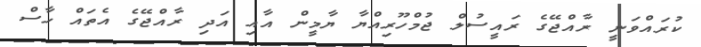
ކުރައްވަނީ ރާއްޖޭގެ ރައީސުލް ޖުމްހޫރިއްޔާ ޔާމީން އާއި އަދި ރާއްޖޭގެ އެތައް ހާސް